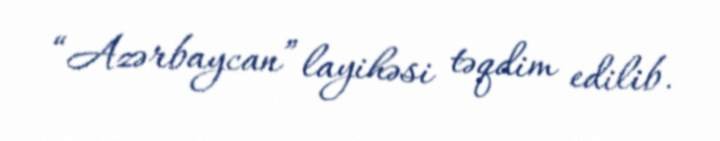
“Azərbaycan” layihəsi təqdim edilib.